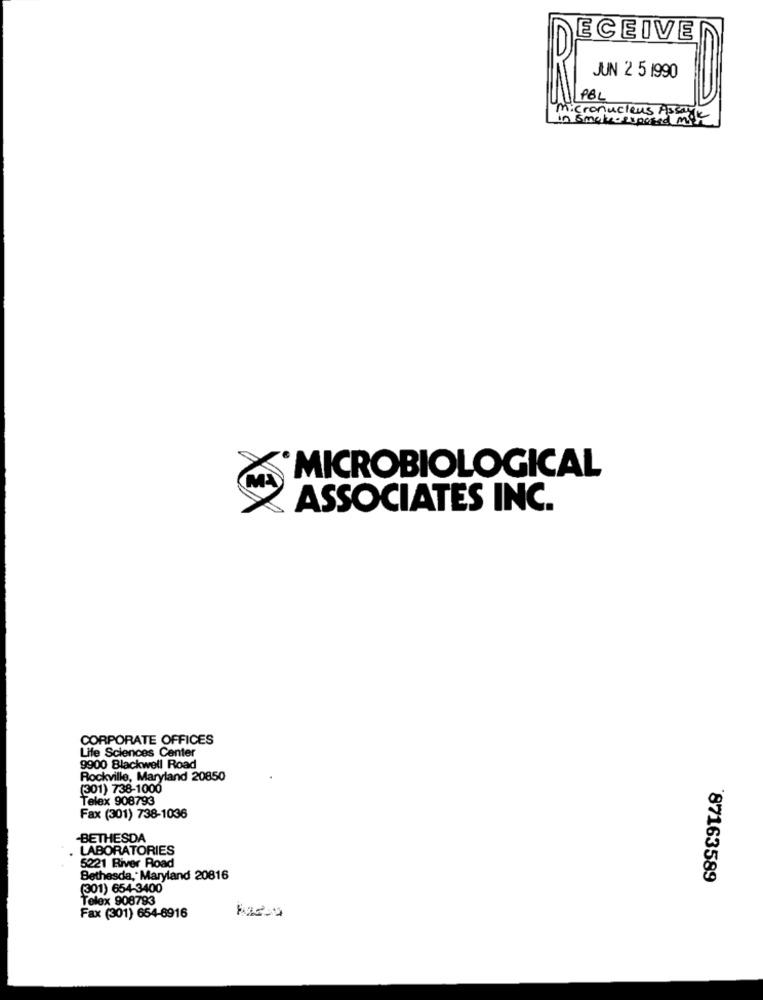
ECEIVE
JUN 2 5 1990
PBL
Micronucleus Assay
in smoked soused mil
MICROBIOLOGICAL
ASSOCIATES INC.
CORPORATE OFFICES
Life Sciences Center
9900 Blackwell Road
Rockville, Maryland 20850
(301) 738-1000
Telex 908793
Fax (301) 738-1036
-BETHESDA
LABORATORIES
5221 River Road
Bethesda, Maryland 20816
87163589
(301) 654-3400
Telex 908793
Fax (301) 654-8916